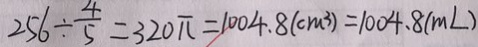
2 5 6 \div \frac { 4 } { 5 } = 3 2 0 \pi = 1 0 0 4 . 8 ( c m ^ { 3 } ) = 1 0 0 4 . 8 ( m L )